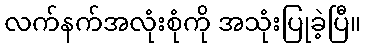
လက်နက်အလုံးစုံကို အသုံးပြုခဲ့ပြီ။